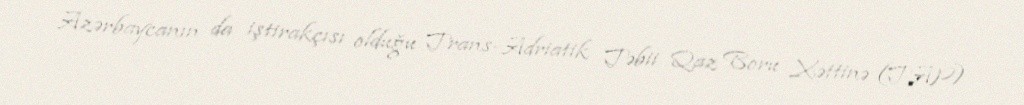
Azərbaycanın da iştirakçısı olduğu Trans-Adriatik Təbii Qaz Boru Xəttinə (TAP)